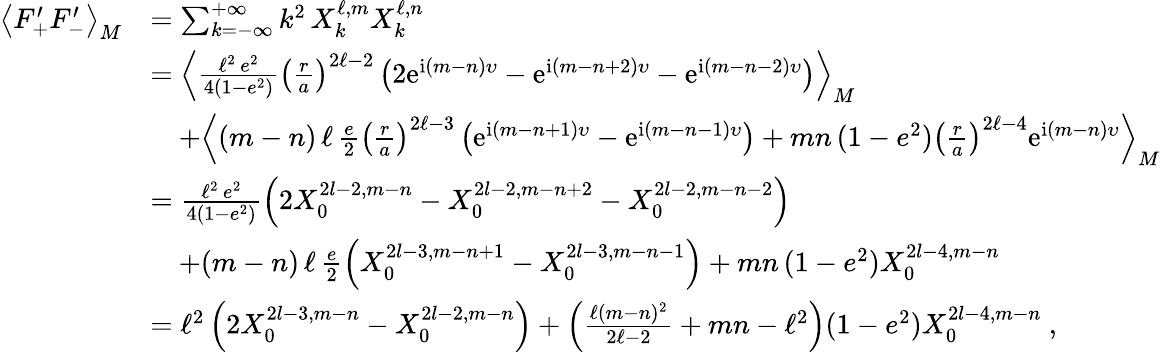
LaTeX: \begin{array}{rl}{\left\langle F_{+}^{\prime}F_{-}^{\prime}\right\rangle_{M}}&{=\sum_{k=-\infty}^{+\infty}k^{2}\, X_{k}^{\ell,m}X_{k}^{\ell,n}}\\ &{=\left\langle\frac{\ell^{2}\, e^{2}}{4(1-e^{2})}\left(\frac{r}{a}\right)^{2\ell-2}\left(2\mathrm{e}^{\mathrm{i}(m-n)\upsilon}-\mathrm{e}^{\mathrm{i}(m-n+2)\upsilon}-\mathrm{e}^{\mathrm{i}(m-n-2)\upsilon}\right)\right\rangle_{M}}\\ &{\quad+\left\langle(m-n)\, \ell\, \frac{e}{2}\left(\frac{r}{a}\right)^{2\ell-3}\left(\mathrm{e}^{\mathrm{i}(m-n+1)\upsilon}-\mathrm{e}^{\mathrm{i}(m-n-1)\upsilon}\right)+mn\, (1-e^{2})\left(\frac{r}{a}\right)^{2\ell-4}\mathrm{e}^{\mathrm{i}(m-n)\upsilon}\right\rangle_{M}}\\ &{=\frac{\ell^{2}\, e^{2}}{4(1-e^{2})}\left(2X_{0}^{2l-2,m-n}-X_{0}^{2l-2,m-n+2}-X_{0}^{2l-2,m-n-2}\right)}\\ &{\quad+(m-n)\, \ell\, \frac{e}{2}\left(X_{0}^{2l-3,m-n+1}-X_{0}^{2l-3,m-n-1}\right)+mn\, (1-e^{2})X_{0}^{2l-4,m-n}}\\ &{=\ell^{2}\left(2X_{0}^{2l-3,m-n}-X_{0}^{2l-2,m-n}\right)+\left(\frac{\ell(m-n)^{2}}{2\ell-2}+mn-\ell^{2}\right)(1-e^{2})X_{0}^{2l-4,m-n}\ ,}\end{array}